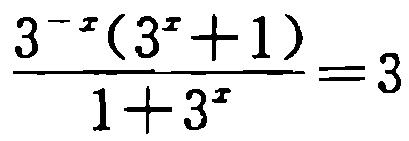
\(\frac{3^{-x}(3^{x}+1)}{1 + 3^{x}}=3\)